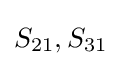
S_{21},S_{31}